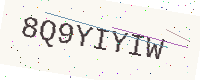
Text: 8Q9YIYIW